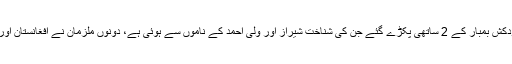
ایس ایس پی پرویز چانڈیو نے بتایا کہ کارروائیوں کے دوران خودکش بمبار کے 2 ساتھی پکڑے گئے جن کی شناخت شیراز اور ولی احمد کے ناموں سے ہوئی ہے، دونوں ملزمان نے افغانستان اور بلوچستان کے علاقے پنجگور سے تربیت حاصل کر رکھی ہے۔